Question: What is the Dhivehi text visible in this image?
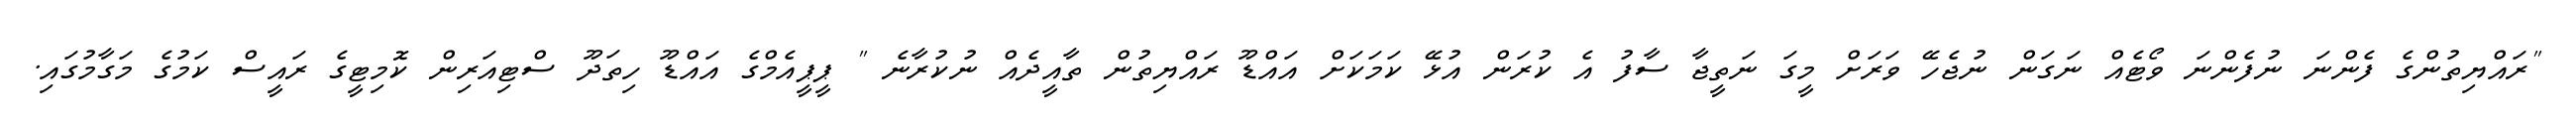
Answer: "ރައްޔިތުންގެ ފެންނަ ނުފެންނަ ވޯޓެއް ނަގަން ނުޖެހޭ ވަރަށް މީގަ ނަތީޖާ ސާފު އެ ކުރަން އުޅޭ ކަމަކަށް އައްޑޫ ރައްޔިތުން ތާއީދެއް ނުކުރާނެ " ޕީޕީއެމްގެ އައްޑޫ ހިތަދޫ ސްޓިއަރިން ކޮމިޓީގެ ރައީސް ކަމުގެ މަގާމުގައި.